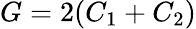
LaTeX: G=2(C_{1}+C_{2})